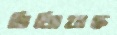
ভিজিয়াছ